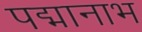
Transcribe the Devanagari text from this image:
पद्मानाभ